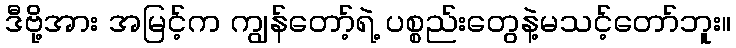
ဒီဗို့အား အမြင့်က ကျွန်တော့်ရဲ့ ပစ္စည်းတွေနဲ့မသင့်တော်ဘူး။